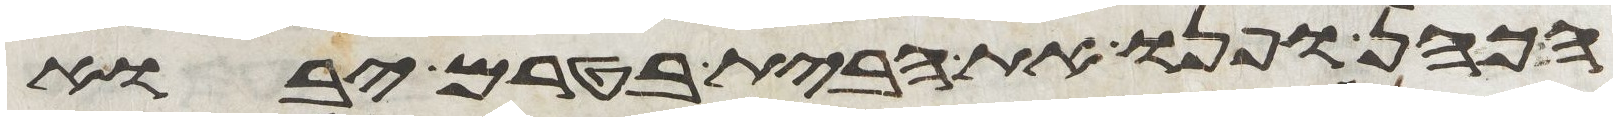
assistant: הכהן ופנו את הבית בטרם יבוא